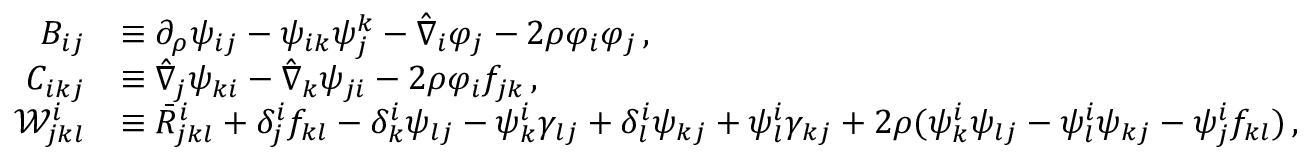
\begin{array} { r l } { { \cal B } _ { i j } } & { \equiv \partial _ { \rho } \psi _ { i j } - \psi _ { i k } \psi _ { j } ^ { k } - \hat { \nabla } _ { i } \varphi _ { j } - 2 \rho \varphi _ { i } \varphi _ { j } \, , } \\ { { \cal C } _ { i k j } } & { \equiv \hat { \nabla } _ { j } \psi _ { k i } - \hat { \nabla } _ { k } \psi _ { j i } - 2 \rho \varphi _ { i } f _ { j k } \, , } \\ { { \mathcal W } ^ { i } _ { j k l } } & { \equiv \bar { R } ^ { i } _ { j k l } + \delta _ { j } ^ { i } f _ { k l } - \delta _ { k } ^ { i } \psi _ { l j } - \psi _ { k } ^ { i } \gamma _ { l j } + \delta _ { l } ^ { i } \psi _ { k j } + \psi _ { l } ^ { i } \gamma _ { k j } + 2 \rho ( \psi _ { k } ^ { i } \psi _ { l j } - \psi _ { l } ^ { i } \psi _ { k j } - \psi _ { j } ^ { i } f _ { k l } ) \, , } \end{array}